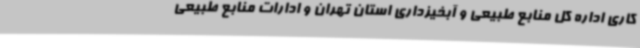
کاری اداره کل منابع طبیعی و آبخیزداری استان تهران و ادارات منابع طبیعی